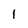
Character: 1